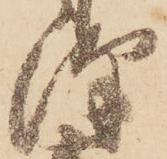
澤